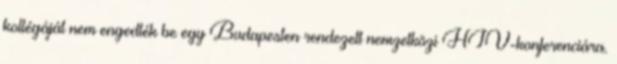
kollégáját nem engedték be egy Budapesten rendezett nemzetközi HIV-konferenciára.